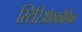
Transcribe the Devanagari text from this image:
स्टिरिओस्कोपिक